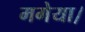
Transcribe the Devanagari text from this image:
मगेया।